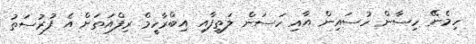
ހިމެނޭ ހިސާން ހުސައިން އާއި ހަސަން ލަތީފާއި އިބްރާހީމް ރިފްއަތަށް އެ ފުރުސަތު